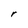
Character: r